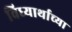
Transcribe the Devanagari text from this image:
विध्यार्थाच्या